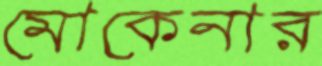
মোকেনার